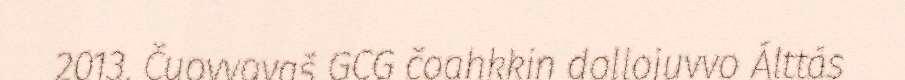
2013. Čuovvovaš GCG čoahkkin dollojuvvo Álttás